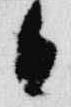
日